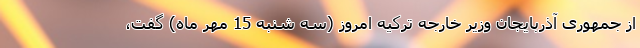
از جمهوری آذربایجان وزیر خارجه ترکیه امروز (سه شنبه 15 مهر ماه) گفت،